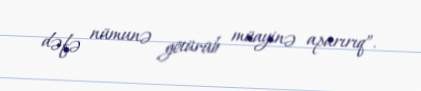
dəfə nümunə götürüb müayinə aparırıq”.